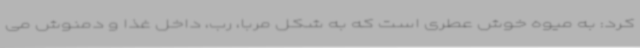
کرد: به میوه خوش عطری است که به شکل مربا، رب، داخل غذا و دمنوش می